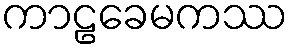
ကာဠခေမကဿ